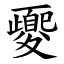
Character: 夒